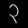
Digit: ၃